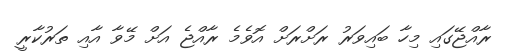
ރާއްޖޭގައި މިހާ ބައިވަރު ރަށްރަށް އޮވެމެ ރާއްޖެ އަށް މޭވާ އާއި ތަރުކާރީ